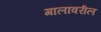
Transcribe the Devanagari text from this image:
गालावरील